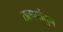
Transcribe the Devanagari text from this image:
तलावांतुन